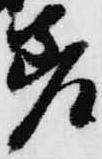
差